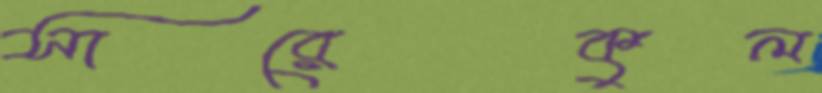
সারেকুল